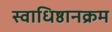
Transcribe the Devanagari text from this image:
स्वाधिष्ठानक्रम